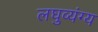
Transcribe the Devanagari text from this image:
लघुव्यंग्य